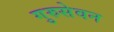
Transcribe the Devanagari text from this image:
गुरुसेवन